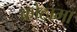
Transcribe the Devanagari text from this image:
कोठामा